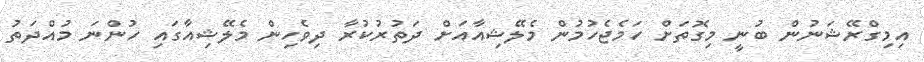
އިމިގްރޭޝަނުން ބުނީ މިގޮތަށް ހަމެޖެހުމުން މެލޭޝިއާއަށް ދަތުރުކުރާ ދިވެހިން މެލޭޝިއާގައި ހުންނަ މުއްދަތު